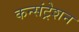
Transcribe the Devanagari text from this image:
कन्संट्रेशन